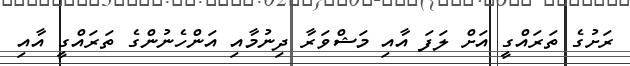
ރަށުގެ ތަރައްގީ އަށް ލަފަ އާއި މަޝްވަރާ ދިނުމާއި އަންހެނުންގެ ތަރައްގީ އާއި